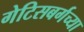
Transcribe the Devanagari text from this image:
गेटिसबर्गच्या